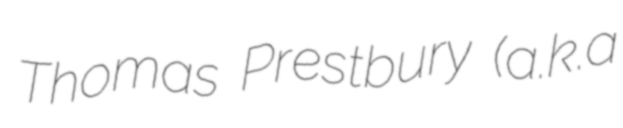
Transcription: Thomas Prestbury (a.k.a